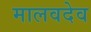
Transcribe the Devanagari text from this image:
मालवदेव